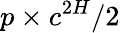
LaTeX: p\times c^{2H}/2